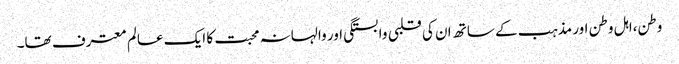
وطن،اہل وطن اور مذہب کے ساتھ ان کی قلبی وابستگی اور والہانہ محبت کا ایک عالم معترف تھا۔